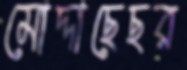
মোদ্দাছেছর